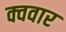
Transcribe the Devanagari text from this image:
क्ववार